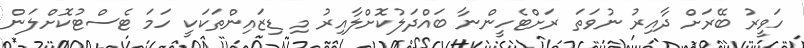
ހަވީރު ބޭރަށް ދާއިރު ނުވަތަ ރަށްޓެހީންނާ ބައްދަލުކޮށްލާއިރު މި ޑިޒައިންތަކަކީ ހަމަ ޓެސްޓުކޮށްލަން